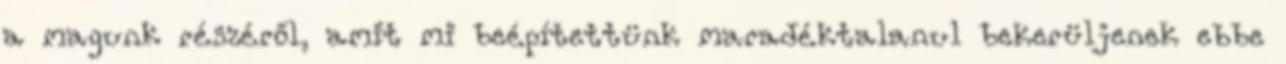
a magunk részéről, amit mi beépítettünk maradéktalanul bekerüljenek ebbe